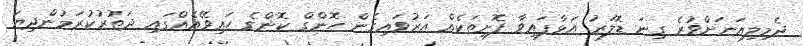
ދެމިލިއަނަށްވުރެ ގިނަ ޑޮލަރު އަޅާފައިވާ ފޮށިތަކެއް އަރުވައިގެން ހޮންގް ކޮންގެ ހައިވޭއެއްގައި ދަތުރުކުރަމުންދިޔަ